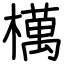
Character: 𣜜